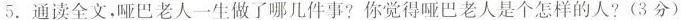
5. 通读全文，哑巴老人一生做了哪几件事?你觉得哑巴老人是个怎样的人? (3分)